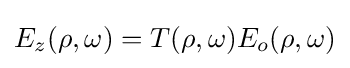
E_{z}(\rho ,\omega )=T(\rho ,\omega )E_{o}(\rho ,\omega )